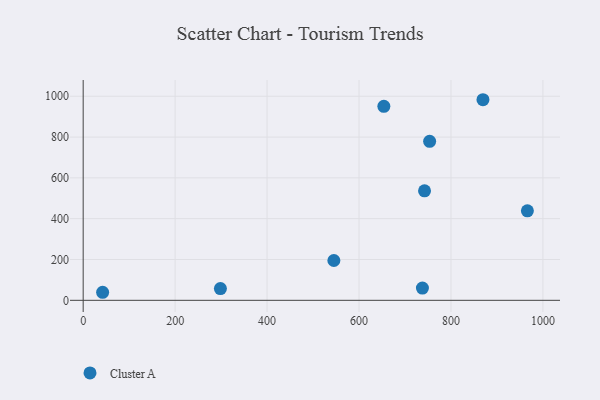
{"axis": {"x": "Price", "y": "Sales"}, "legend": ["Cluster A"], "data": [{"x": "298.5", "y": 57.5, "type": "Cluster A"}, {"x": "737.9", "y": 60.0, "type": "Cluster A"}, {"x": "966.2", "y": 438.5, "type": "Cluster A"}, {"x": "42.3", "y": 39.4, "type": "Cluster A"}, {"x": "545.3", "y": 195.0, "type": "Cluster A"}, {"x": "654.0", "y": 950.8, "type": "Cluster A"}, {"x": "753.6", "y": 779.3, "type": "Cluster A"}, {"x": "742.5", "y": 536.3, "type": "Cluster A"}, {"x": "869.6", "y": 982.9, "type": "Cluster A"}]}